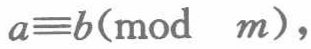
\(a\equiv b(\text{mod }m)\)